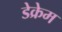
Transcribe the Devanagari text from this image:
डेक्रेम